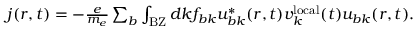
\begin{array} { r } { \boldsymbol j ( \boldsymbol r , t ) = - \frac { e } { m _ { e } } \sum _ { b } \int _ { \mathrm { B Z } } d \boldsymbol k f _ { b \boldsymbol k } u _ { b \boldsymbol k } ^ { * } ( \boldsymbol r , t ) \boldsymbol v _ { \boldsymbol k } ^ { \mathrm { l o c a l } } ( t ) u _ { b \boldsymbol k } ( \boldsymbol r , t ) . } \end{array}